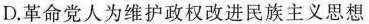
D.革命党人为维护政权改进民族主义思想